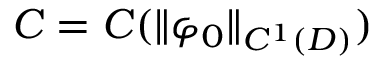
C = C ( \| \varphi _ { 0 } \| _ { C ^ { 1 } ( D ) } )